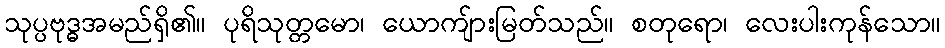
သုပ္ပဗုဒ္ဓအမည်ရှိ၏။ ပုရိသုတ္တမော၊ ယောကျ်ားမြတ်သည်။ စတုရော၊ လေးပါးကုန်သော။